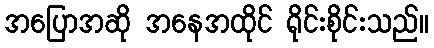
အပြောအဆို အနေအထိုင် ရိုင်းစိုင်းသည်။